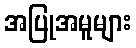
အပြုအမူများ